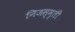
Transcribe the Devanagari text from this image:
निजस्मृती